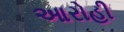
આરોહી